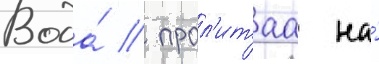
Вода́ / прол'итаа на́